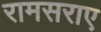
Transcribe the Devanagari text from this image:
रामसराए